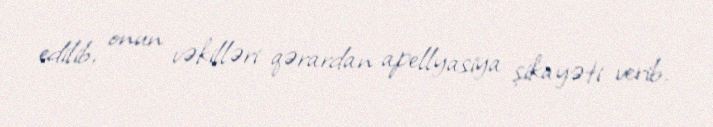
edilib, onun vəkilləri qərardan apellyasiya şikayəti verib.